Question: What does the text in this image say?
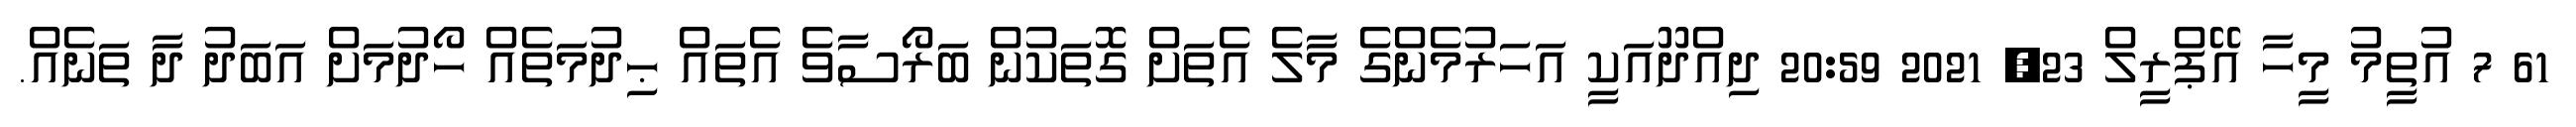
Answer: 61 7 އުތީމު މީހާ އޭޕްރީލް 23, 2021 20:59 ދިއްދޫއަކީ އަހަރުމެންގެ މާލެ އެތަށް ގޮތަކުން ބަރޯސާވެ އެތައް ޙިދުމަތެއް ހޯދުމަށް އަބަދު ދާ ތަނެއް.